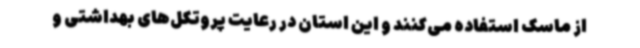
از ماسک استفاده می‌کنند و این استان در رعایت پروتکل‌های بهداشتی و